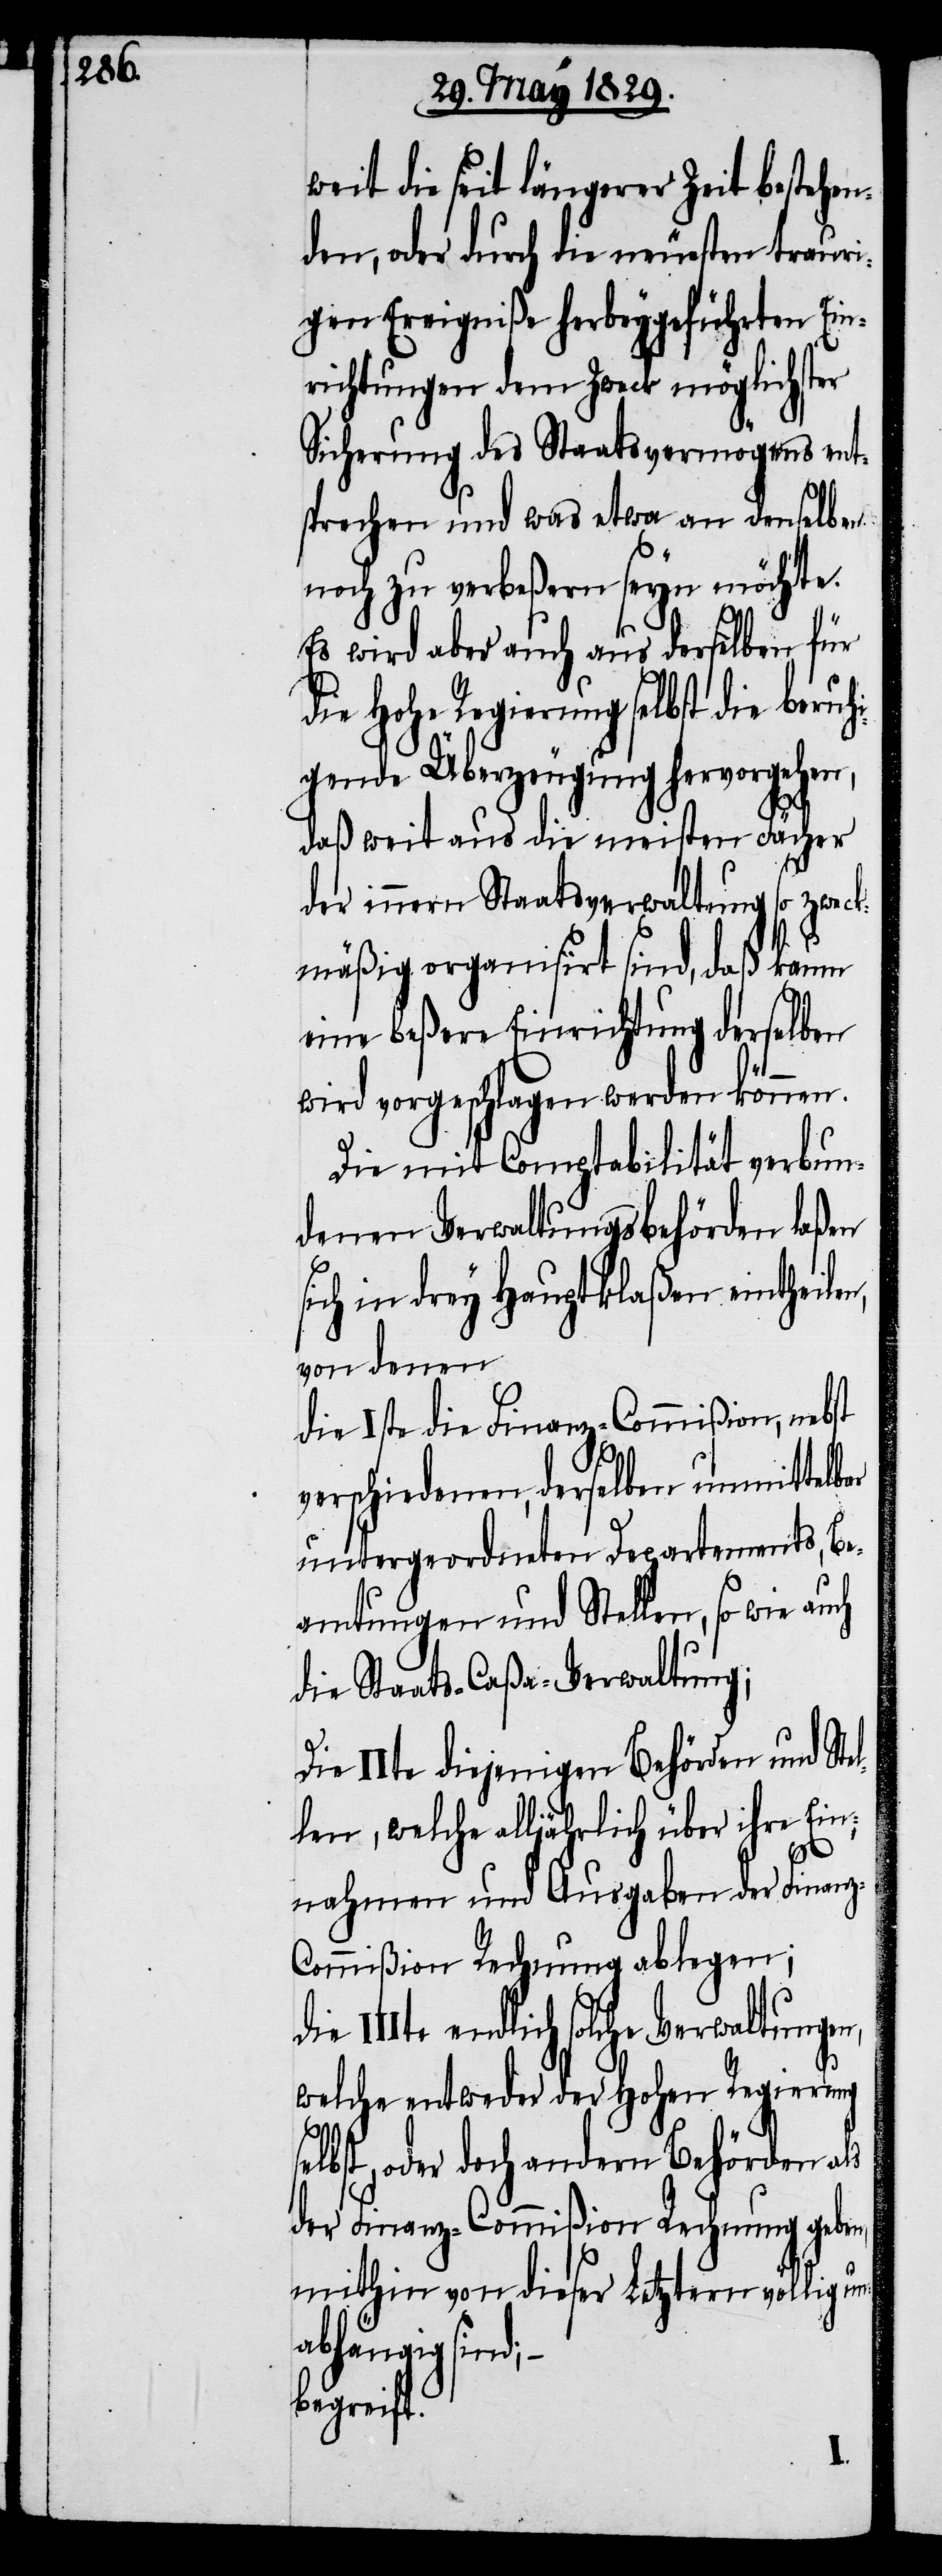
weit die seit längerer Zeit bestehen¬
den, oder durch die neuesten trauri¬
gen Ereigniße herbeygeführten Ein¬
richtungen dem Zweck möglichster
Sicherung des Staatsvermögens ent¬
sprechen und was etwa an denselben
noch zu verbeßern seyn möchte.
d;–
Es wird aber auch aus denselben für
die Hohe Regierung selbst die ber¬
gende Überzeugung hervorgehen,
daß weit aus die die meisten Fächer
der innern Staatsverwaltung so zweck¬
mäßig organisirt sind, daß kaum
eine beßere Einrichtung derselben
wird vorgeschlagen werden können.
Die mit Comptabilität verbun¬
denen Verwaltungsbehörden laßen
ich in drey Hauptklaßen eintheile¬
von denen
die Iste die Finanz-Commißion, nebst
II¬
verschiedenen, derselben unmittelbar
untergeordneten Departements, Be¬
amtungen und Stellen, so wie auch
die Staats-Caßa-Verwaltung;
Die IIte diejenigen Behörden und Ste¬
len, welche alljährlich über ihre Ein¬
nahmen und Ausgaben der Finanz-C¬
ommißion Rechnung ablegen;
Ite endlich solche Verwaltungen,
welche entweder der Hohen Regierung
selbst, oder doch andern Behörden als
der Finanz-Commißion Rechnung geben,
mithin von dieser Letztern völlig un¬
abhängig sin¬
begreift.